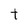
Character: t